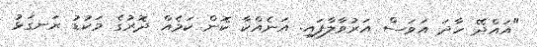
"އައްދޭ ހާދަ އަވަސް އަރުވާލާފައި. އަނެއްކާ ކޮން ކަމެއް ދޮރުގެ މަކުޑު ރަނގަޅު